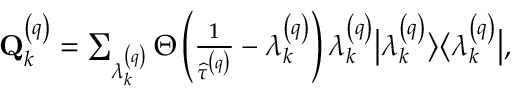
\begin{array} { r } { \mathbf { Q } _ { k } ^ { \left( q \right) } = \sum _ { \lambda _ { k } ^ { \left( q \right) } } \Theta \left( \frac { 1 } { \widehat { \tau } ^ { \left( q \right) } } - \lambda _ { k } ^ { \left( q \right) } \right) \lambda _ { k } ^ { \left( q \right) } \big \vert \lambda _ { k } ^ { \left( q \right) } \big \rangle \big \langle \lambda _ { k } ^ { \left( q \right) } \big \vert , } \end{array}